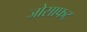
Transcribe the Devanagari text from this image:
जोसाफट